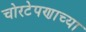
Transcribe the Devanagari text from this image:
चोरटेपणाच्या